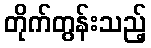
တိုက်တွန်းသည့်